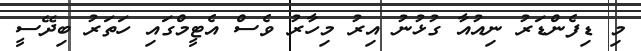
މި ޑިފެންޑަރު ނިއުއާ ގުޅުނު އިރު މިހާރު ވެސް އެޓީމްގައި ހަތަރު ބިދޭސީ